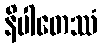
နိပါတေဿံ